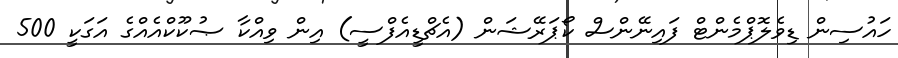
ހައުސިން ޑިވެލޮޕްމެންޓް ފައިނޭންސް ކޯޕަރޭޝަން (އެޗްޑީއެފްސީ) އިން ވިއްކާ ޞުކޫކްއެއްގެ އަގަކީ 500